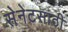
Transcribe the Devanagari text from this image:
सेनेटसाठी